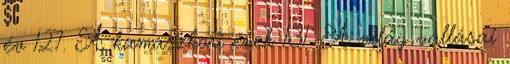
év 127. A kamaszkori évek 131. A világ vallásai